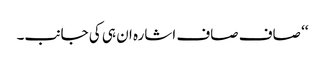
‘‘ صاف صاف اشارہ ان ہی کی جانب۔